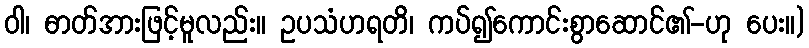
ဝါ၊ ဓာတ်အားဖြင့်မူလည်း။ ဥပသံဟရတိ၊ ကပ်၍ကောင်းစွာဆောင်၏-ဟု ပေး။)